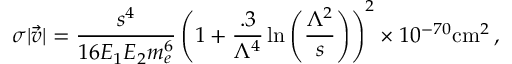
\sigma | \vec { v } | = \frac { s ^ { 4 } } { 1 6 E _ { 1 } E _ { 2 } m _ { e } ^ { 6 } } \left( 1 + \frac { . 3 } { \Lambda ^ { 4 } } \ln \left( \frac { \Lambda ^ { 2 } } { s } \right) \right) ^ { 2 } \times 1 0 ^ { - 7 0 } \mathrm { c m } ^ { 2 } \, ,